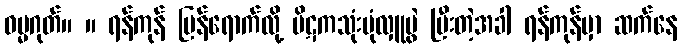
ဓမ္မဂုတ်။ ။ ရန်ကုန် ပြန်ရောက်လို့ ပိဋကသုံးပုံလှူပွဲ ပြီးတဲ့အခါ ရန်ကုန်မှာ ဆက်နေ